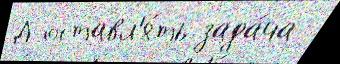
Д оставл'я́ть зада́ча